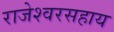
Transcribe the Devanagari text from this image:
राजेश्वरसहाय